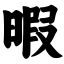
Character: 暇